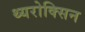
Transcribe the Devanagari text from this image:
थ्यरोक्सिन